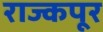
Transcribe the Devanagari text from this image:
राज्कपूर